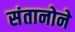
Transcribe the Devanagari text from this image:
संतानोने